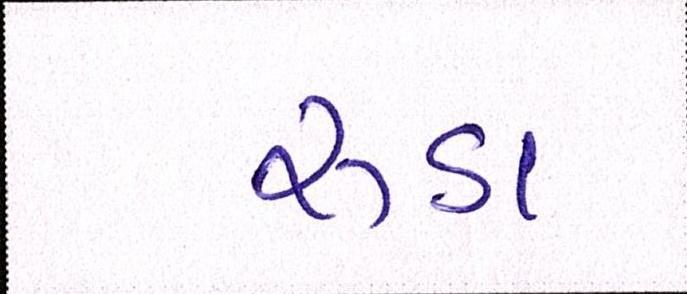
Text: રૂડા